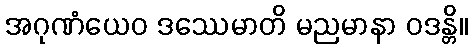
အဂုဏံယေဝ ဒဿေမာတိ မညမာနာ ဝဒန္တိ။